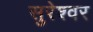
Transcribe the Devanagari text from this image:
सुरेश्‍वर